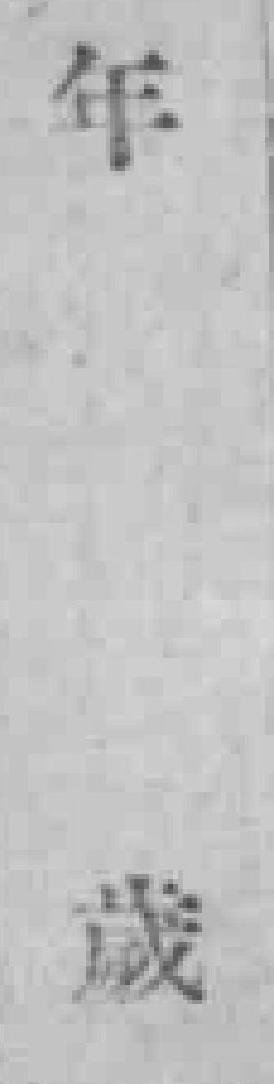
年歲